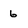
Character: 6